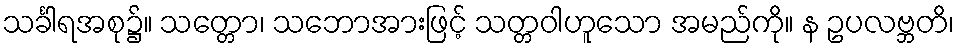
သင်္ခါရအစု၌။ သတ္တော၊ သဘောအားဖြင့် သတ္တဝါဟူသော အမည်ကို။ န ဥပလဗ္ဘတိ၊